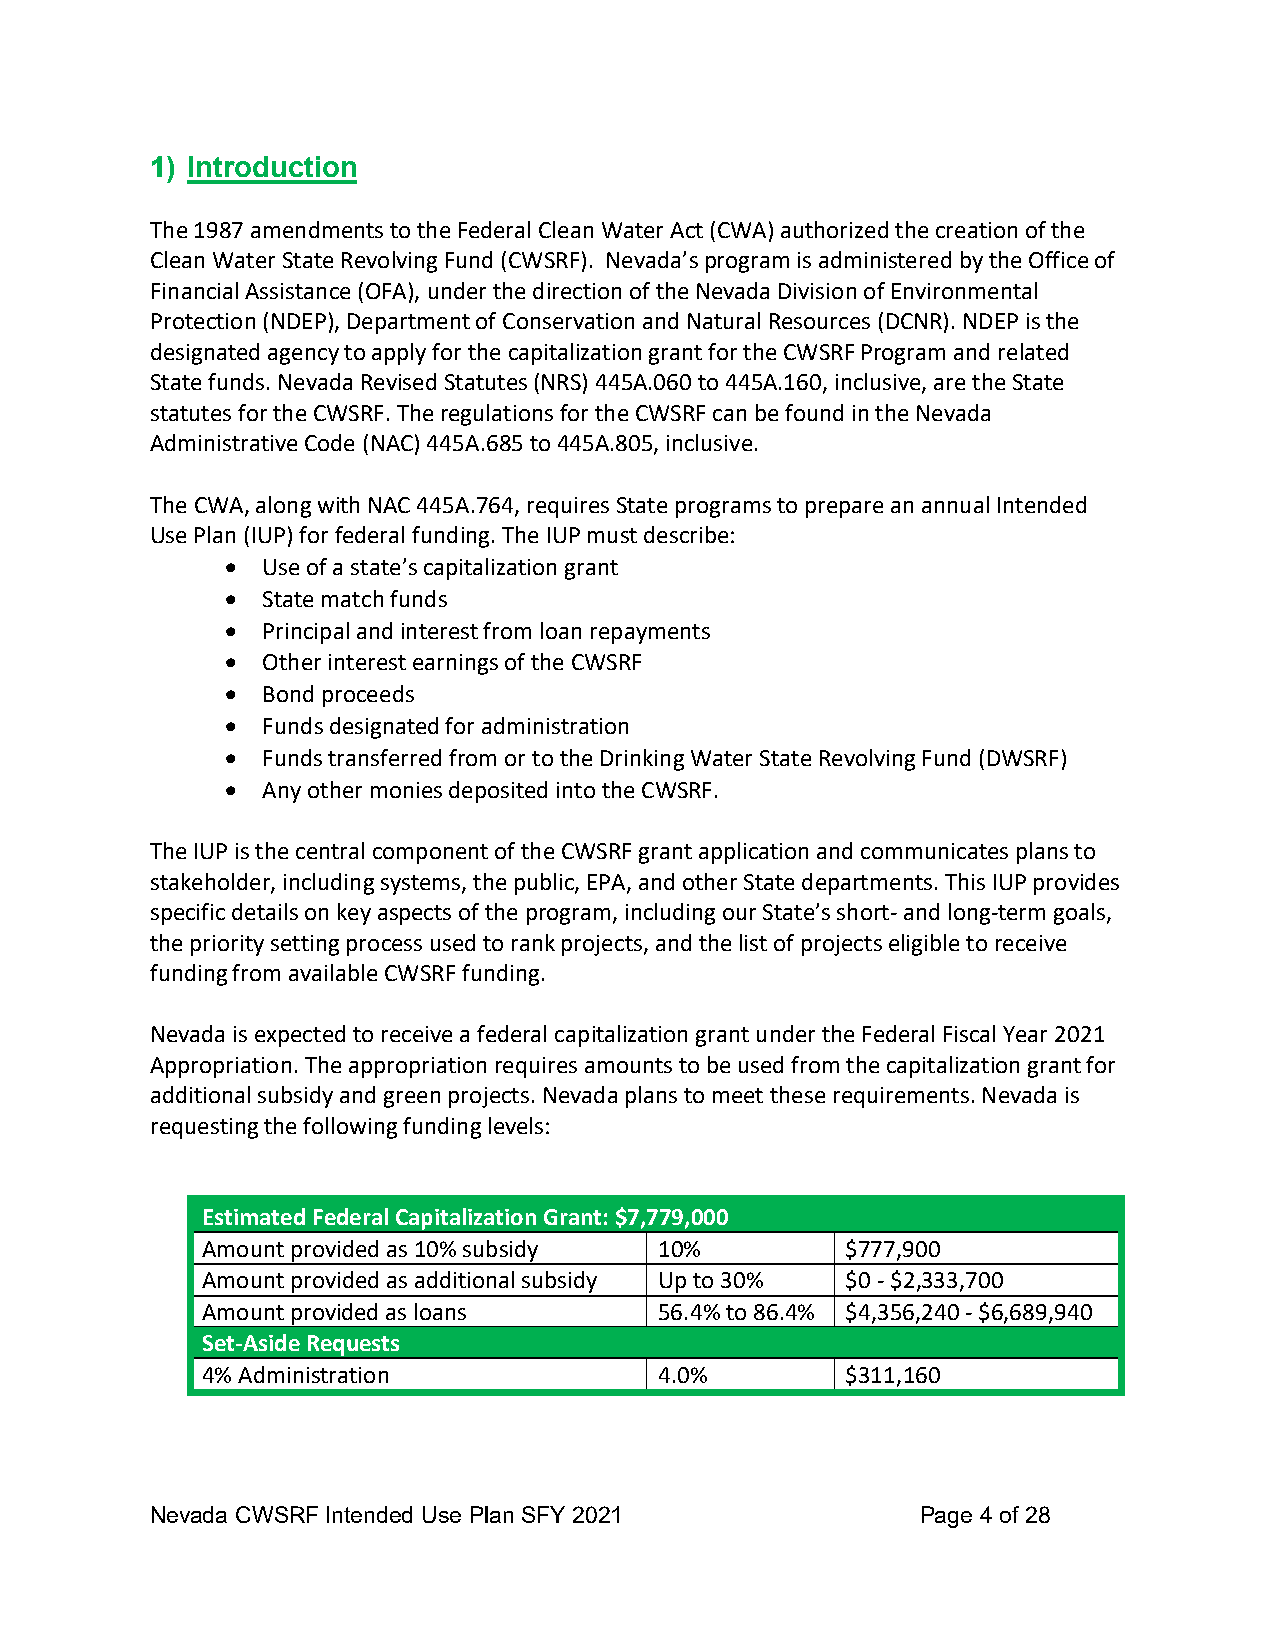
1) Introduction
 The 1987 amendments to the Federal Clean Water Act (CWA) authorized the creation of the
 Clean Water State Revolving Fund (CWSRF). Nevada’s program is administered by the Office of
 Financial Assistance (OFA), under the direction of the Nevada Division of Environmental
 Protection (NDEP), Department of Conservation and Natural Resources (DCNR). NDEP is the
 designated agency to apply for the capitalization grant for the CWSRF Program and related
 State funds. Nevada Revised Statutes (NRS) 445A.060 to 445A.160, inclusive, are the State
 statutes for the CWSRF. The regulations for the CWSRF can be found in the Nevada
 Administrative Code (NAC) 445A.685 to 445A.805, inclusive.
 The CWA, along with NAC 445A.764, requires State programs to prepare an annual Intended
 Use Plan (IUP) for federal funding. The IUP must describe:
 • Use of a state’s capitalization grant
 • State match funds
 • Principal and interest from loan repayments
 • Other interest earnings of the CWSRF
 • Bond proceeds
 • Funds designated for administration
 • Funds transferred from or to the Drinking Water State Revolving Fund (DWSRF)
 • Any other monies deposited into the CWSRF.
 The IUP is the central component of the CWSRF grant application and communicates plans to
 stakeholder, including systems, the public, EPA, and other State departments. This IUP provides
 specific details on key aspects of the program, including our State’s short- and long-term goals,
 the priority setting process used to rank projects, and the list of projects eligible to receive
 funding from available CWSRF funding.
 Nevada is expected to receive a federal capitalization grant under the Federal Fiscal Year 2021
 Appropriation. The appropriation requires amounts to be used from the capitalization grant for
 additional subsidy and green projects. Nevada plans to meet these requirements. Nevada is
 requesting the following funding levels:
 Estimated Federal Capitalization Grant: $7,779,000
 Amount provided as 10% subsidy 10%         $777,900
 Amount provided as additional subsidy Up to 30% $0 - $2,333,700
 Amount provided as loans       56.4% to 86.4% $4,356,240 - $6,689,940
 Set-Aside Requests
 4% Administration              4.0%        $311,160
 Nevada CWSRF Intended Use Plan SFY 2021            Page 4 of 28